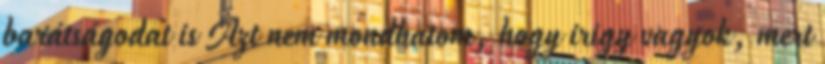
barátságodat is Azt nem mondhatom, hogy irigy vagyok, mert